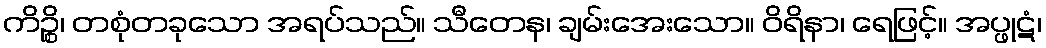
ကိဉ္စိ၊ တစုံတခုသော အရပ်သည်။ သီတေန၊ ချမ်းအေးသော။ ဝိရိနာ၊ ရေဖြင့်။ အပ္ဖုဋံ၊